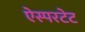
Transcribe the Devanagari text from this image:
ऐस्परटेट